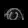
Digit: ၈